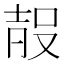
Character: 𭮰